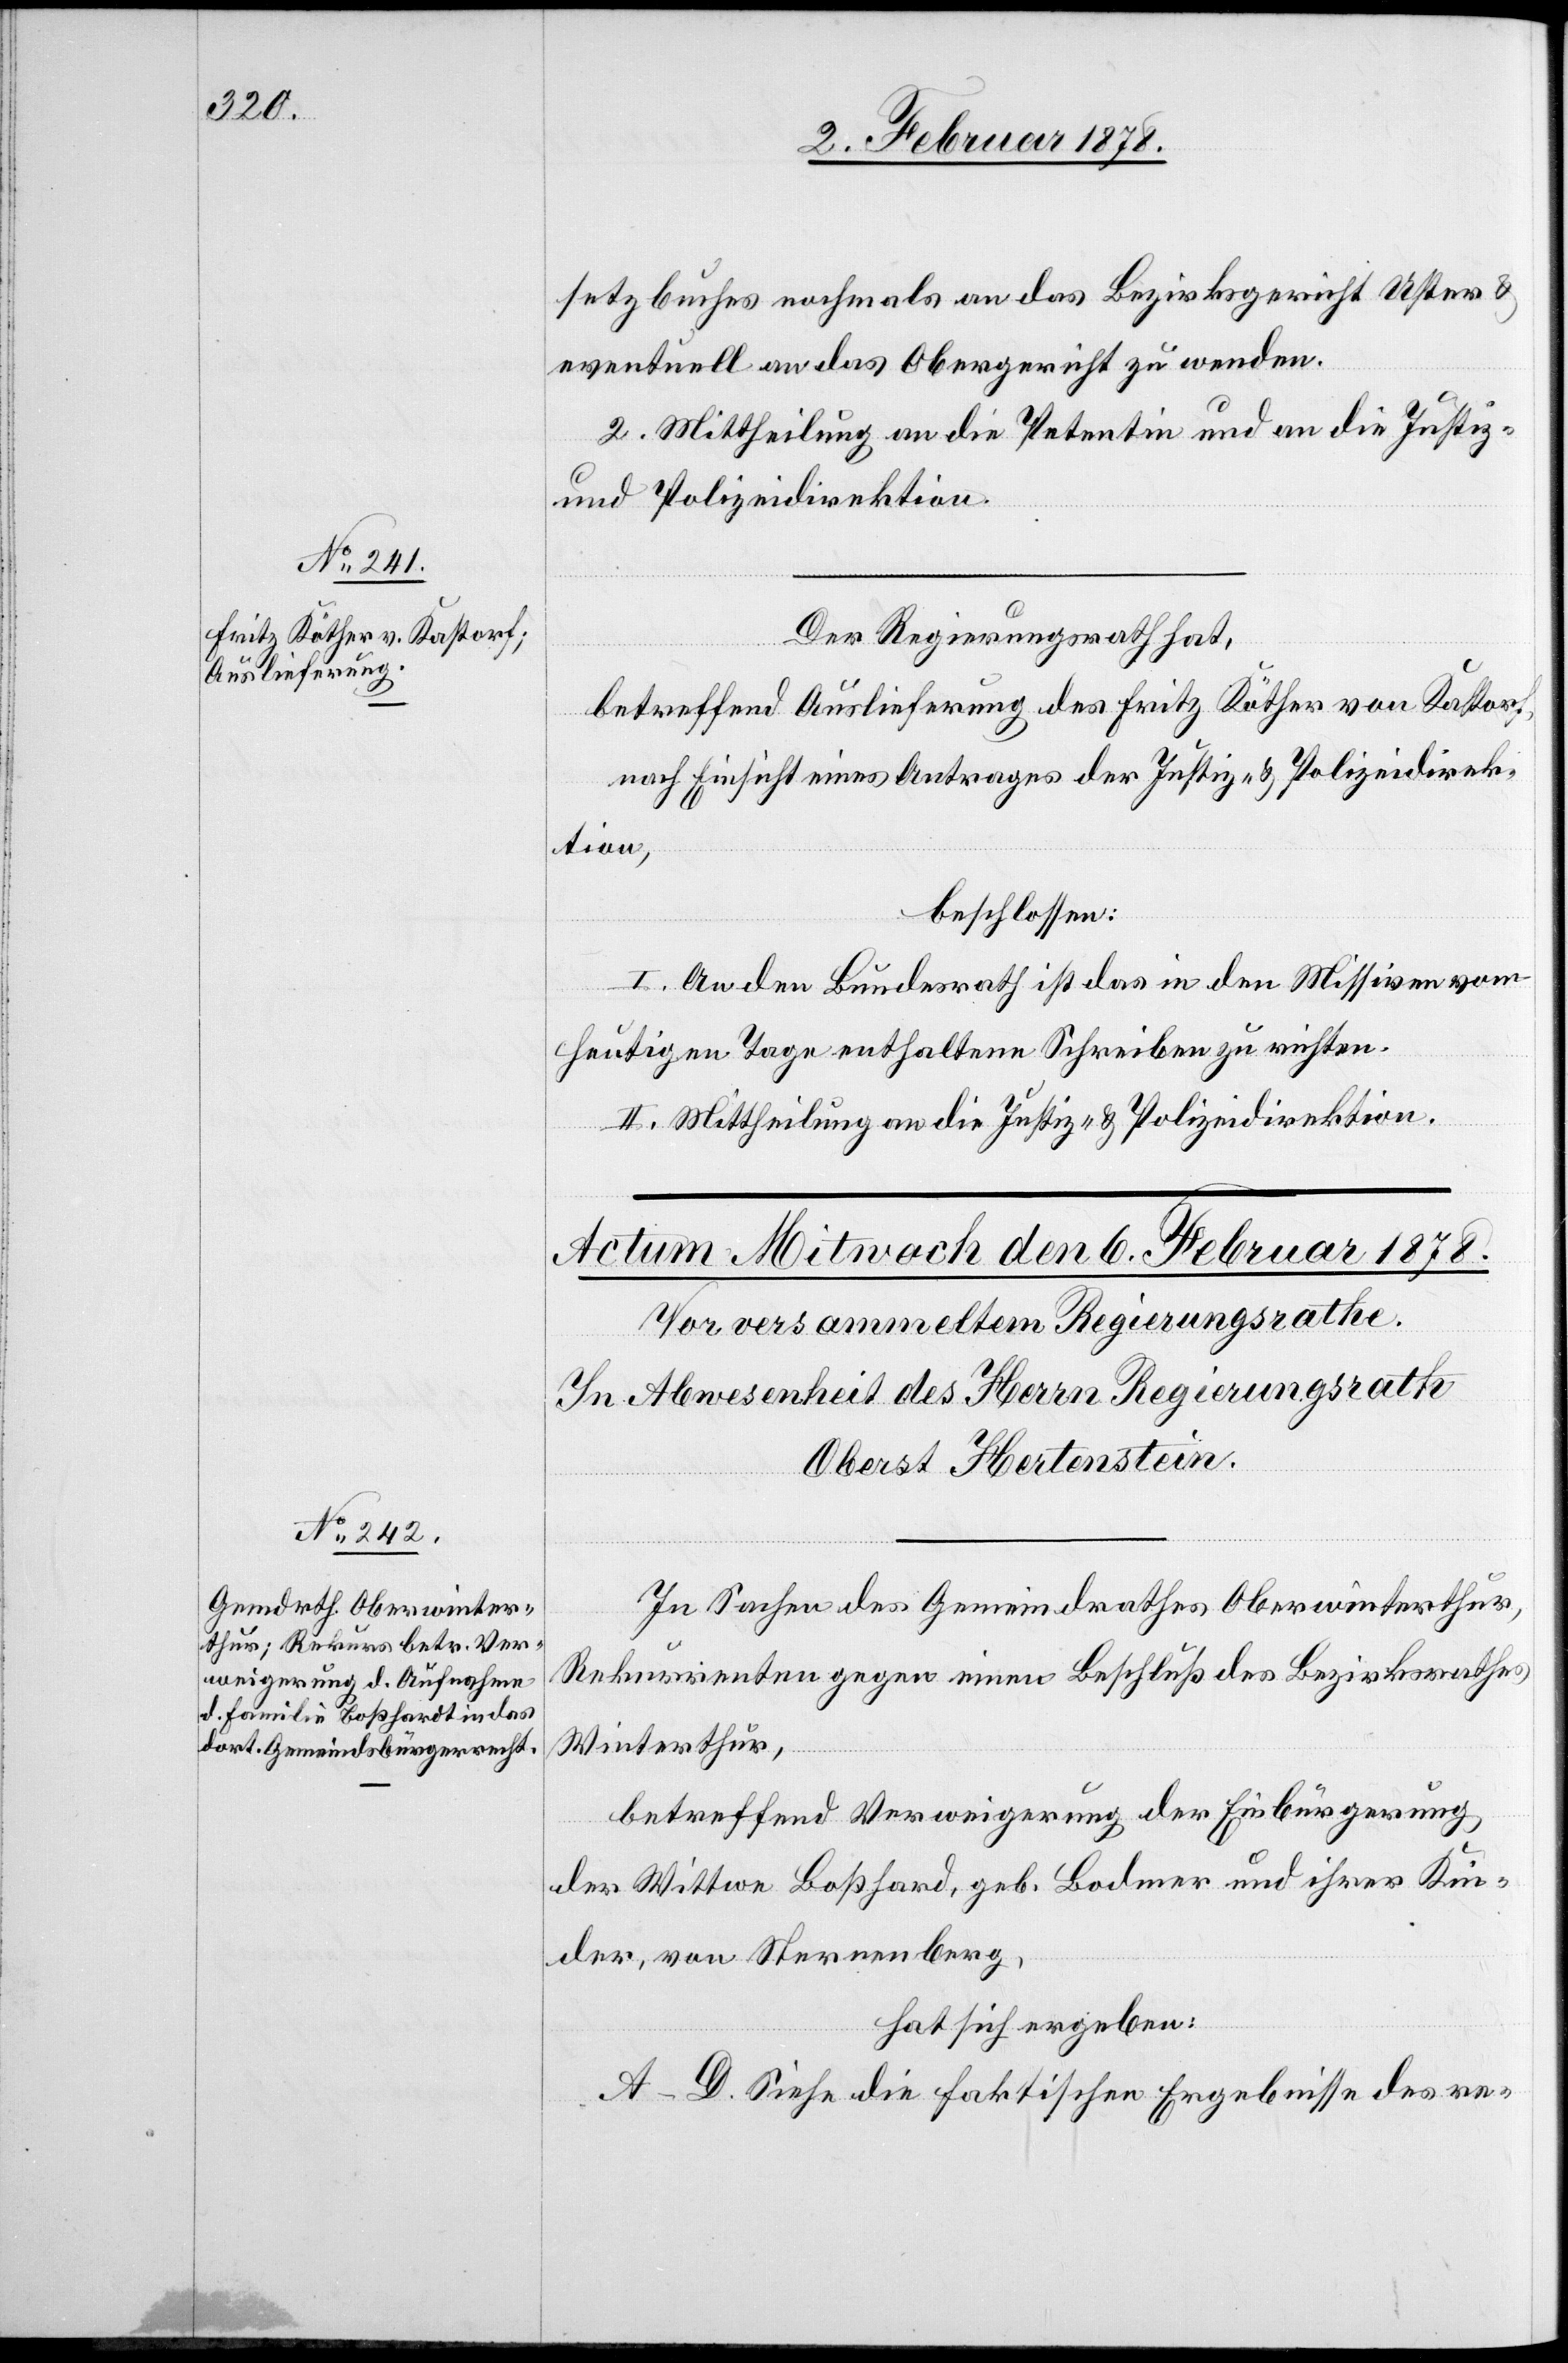
4. Februar 1878.]
setzbuches nochmals an das Bezirksgericht Uster &
eventuell an das Obergericht zu wenden.
2. Mittheilung an die Petentin und an die Justiz-
und Polizeidirektion.
Der Regierungsrath hat,
betreffend Auslieferung des Fritz Köther von Kastorf,
nach Einsicht eines Antrages der Justiz- & Polizeidirek¬
tion,
beschlossen:
I. An den Bundesrath ist das in den Missiven vom
heutigen Tage enthaltene Schreiben zu richten.
II. Mittheilung an die Justiz- & Polizeidirektion.
In Sachen des Gemeindrathes Oberwinterthur,
Rekurrenten gegen einen Beschluß des Bezirksrathes
Winterthur,
betreffend Verweigerung der Einbürgerung
der Wittwe Boßhard [sic!], geb. Bodmer und ihrer Kin¬
der, von Sternenberg,
hat sich ergeben:
A–D. Siehe die faktischen Ergebnisse des re-